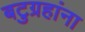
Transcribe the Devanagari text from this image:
बटुग्रहांना